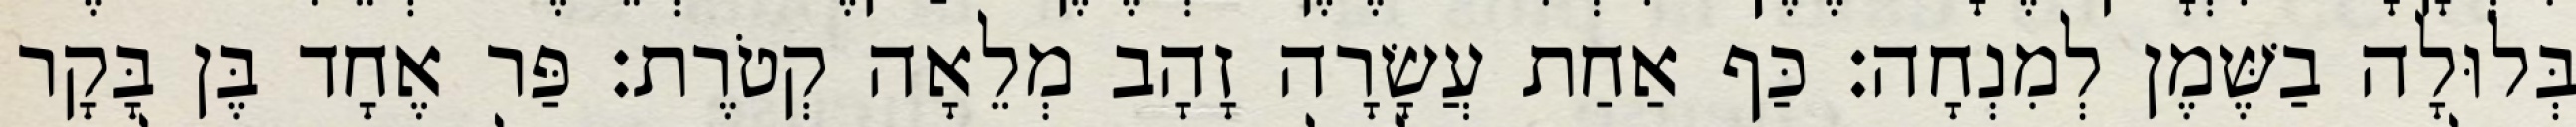
בְּלוּלָה בַשֶּׁמֶן לְמִנְחָה׃ כַּף אַחַת עֲשָׂרָה זָהָב מְלֵאָה קְטֹרֶת׃ פַּר אֶחָד בֶּן בָּקָר